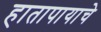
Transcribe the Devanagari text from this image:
हातापायाचे